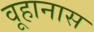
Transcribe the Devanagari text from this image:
वूहानास